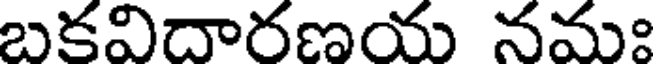
బకవిదారణయ నమః